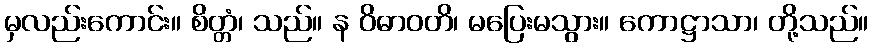
မှလည်းကောင်း။ စိတ္တံ၊ သည်။ န ဝိဓာဝတိ၊ မပြေးမသွား။ ကောဋ္ဌာသာ၊ တို့သည်။